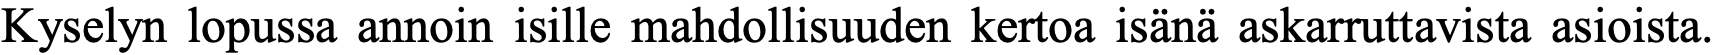
Kyselyn lopussa annoin isille mahdollisuuden kertoa isänä askarruttavista asioista.